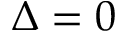
\Delta = 0